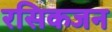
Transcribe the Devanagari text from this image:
रसिकजन